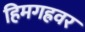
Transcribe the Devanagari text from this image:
हिमगह्रवर